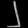
Digit: ၂